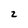
Character: z